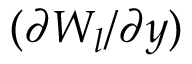
( \partial W _ { l } / \partial y )